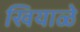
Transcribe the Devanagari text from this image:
खियाळे